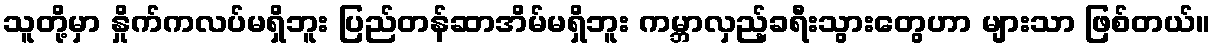
သူတို့မှာ နှိုက်ကလပ်မရှိဘူး ပြည်တန်ဆာအိမ်မရှိဘူး ကမ္ဘာလှည့်ခရီးသွားတွေဟာ များသာ ဖြစ်တယ်။